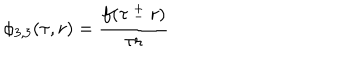
\phi _ { 3 , 3 } ( \tau , r ) = \frac { f ( \tau \ _ { - } ^ { + } \ r ) } { \tau r }